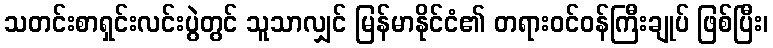
သတင်းစာရှင်းလင်းပွဲတွင် သူသာလျှင် မြန်မာနိုင်ငံ၏ တရားဝင်ဝန်ကြီးချုပ် ဖြစ်ပြီး၊